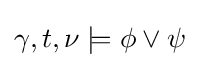
\gamma ,t,\nu \models \phi \lor \psi